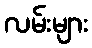
လမ်းများ